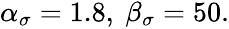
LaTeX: \begin{array}{r}{\alpha_{\sigma}=1.8,\ \beta_{\sigma}=50.}\end{array}